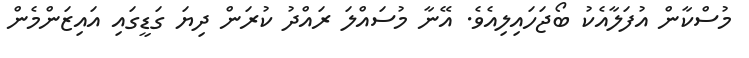
މުސްކާން އުފަލާއެކު ބޯޖަހައިލިއެވެ. އޭނާ މުސައްލަ ރައްދު ކުރަން ދިޔަ ގަޑީގައި އައިޒަންމެން